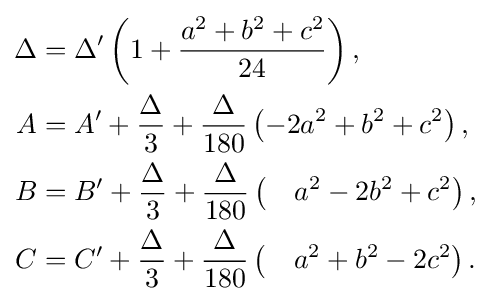
{\begin{aligned}\Delta &=\Delta '\left(1+{\frac {a^{2}+b^{2}+c^{2}}{24}}\right),\\A&=A'+{\frac {\Delta }{3}}+{\frac {\Delta }{180}}\left(-2a^{2}+b^{2}+c^{2}\right),\\B&=B'+{\frac {\Delta }{3}}+{\frac {\Delta }{180}}\left({\quad a^{2}-2b^{2}+c^{2}}\right),\\C&=C'+{\frac {\Delta }{3}}+{\frac {\Delta }{180}}\left({\quad a^{2}+b^{2}-2c^{2}}\right).\end{aligned}}